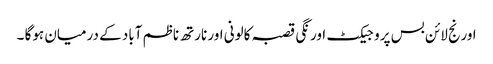
اورنج لائن بس پروجیکٹ اورنگی قصبہ کالونی اور نارتھ ناظم آباد کے درمیان ہوگا ۔